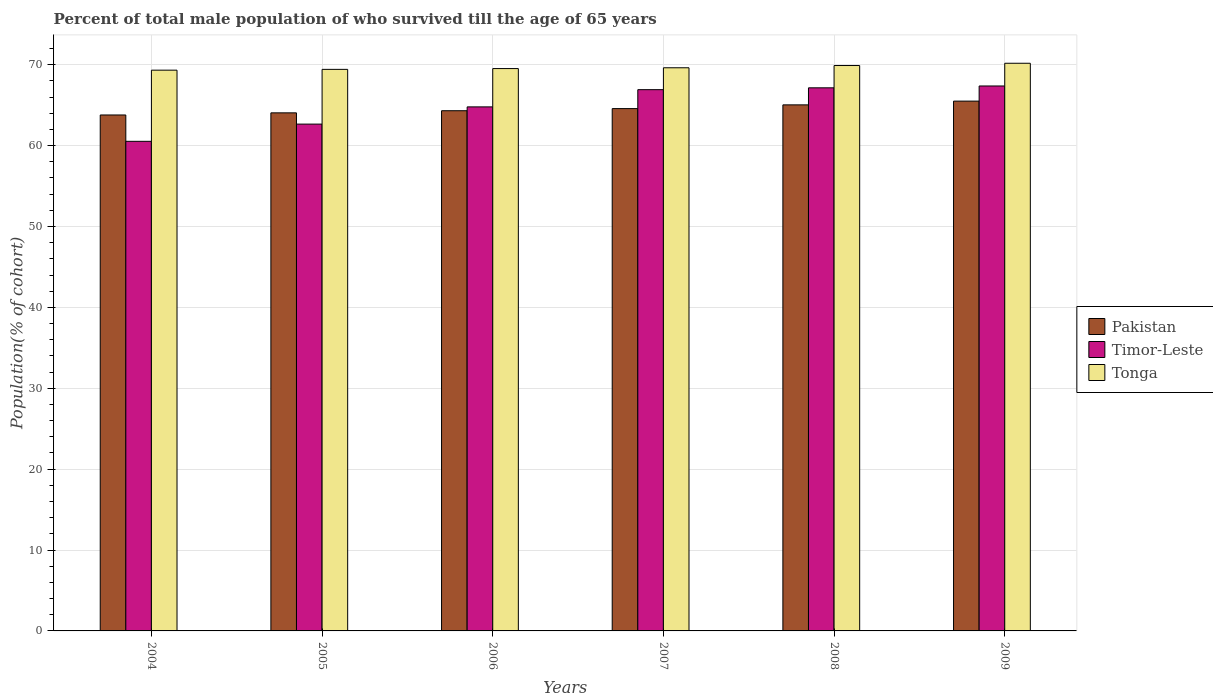
| Years | Pakistan | Timor-Leste | Tonga |
 | --- | --- | --- | --- |
 | 2004 | 63.8 | 60.5 | 69.3 |
 | 2005 | 64.1 | 62.7 | 69.4 |
 | 2006 | 64.3 | 64.8 | 69.5 |
 | 2007 | 64.6 | 66.9 | 69.6 |
 | 2008 | 65 | 67.1 | 69.9 |
 | 2009 | 65.5 | 67.4 | 70.2 |